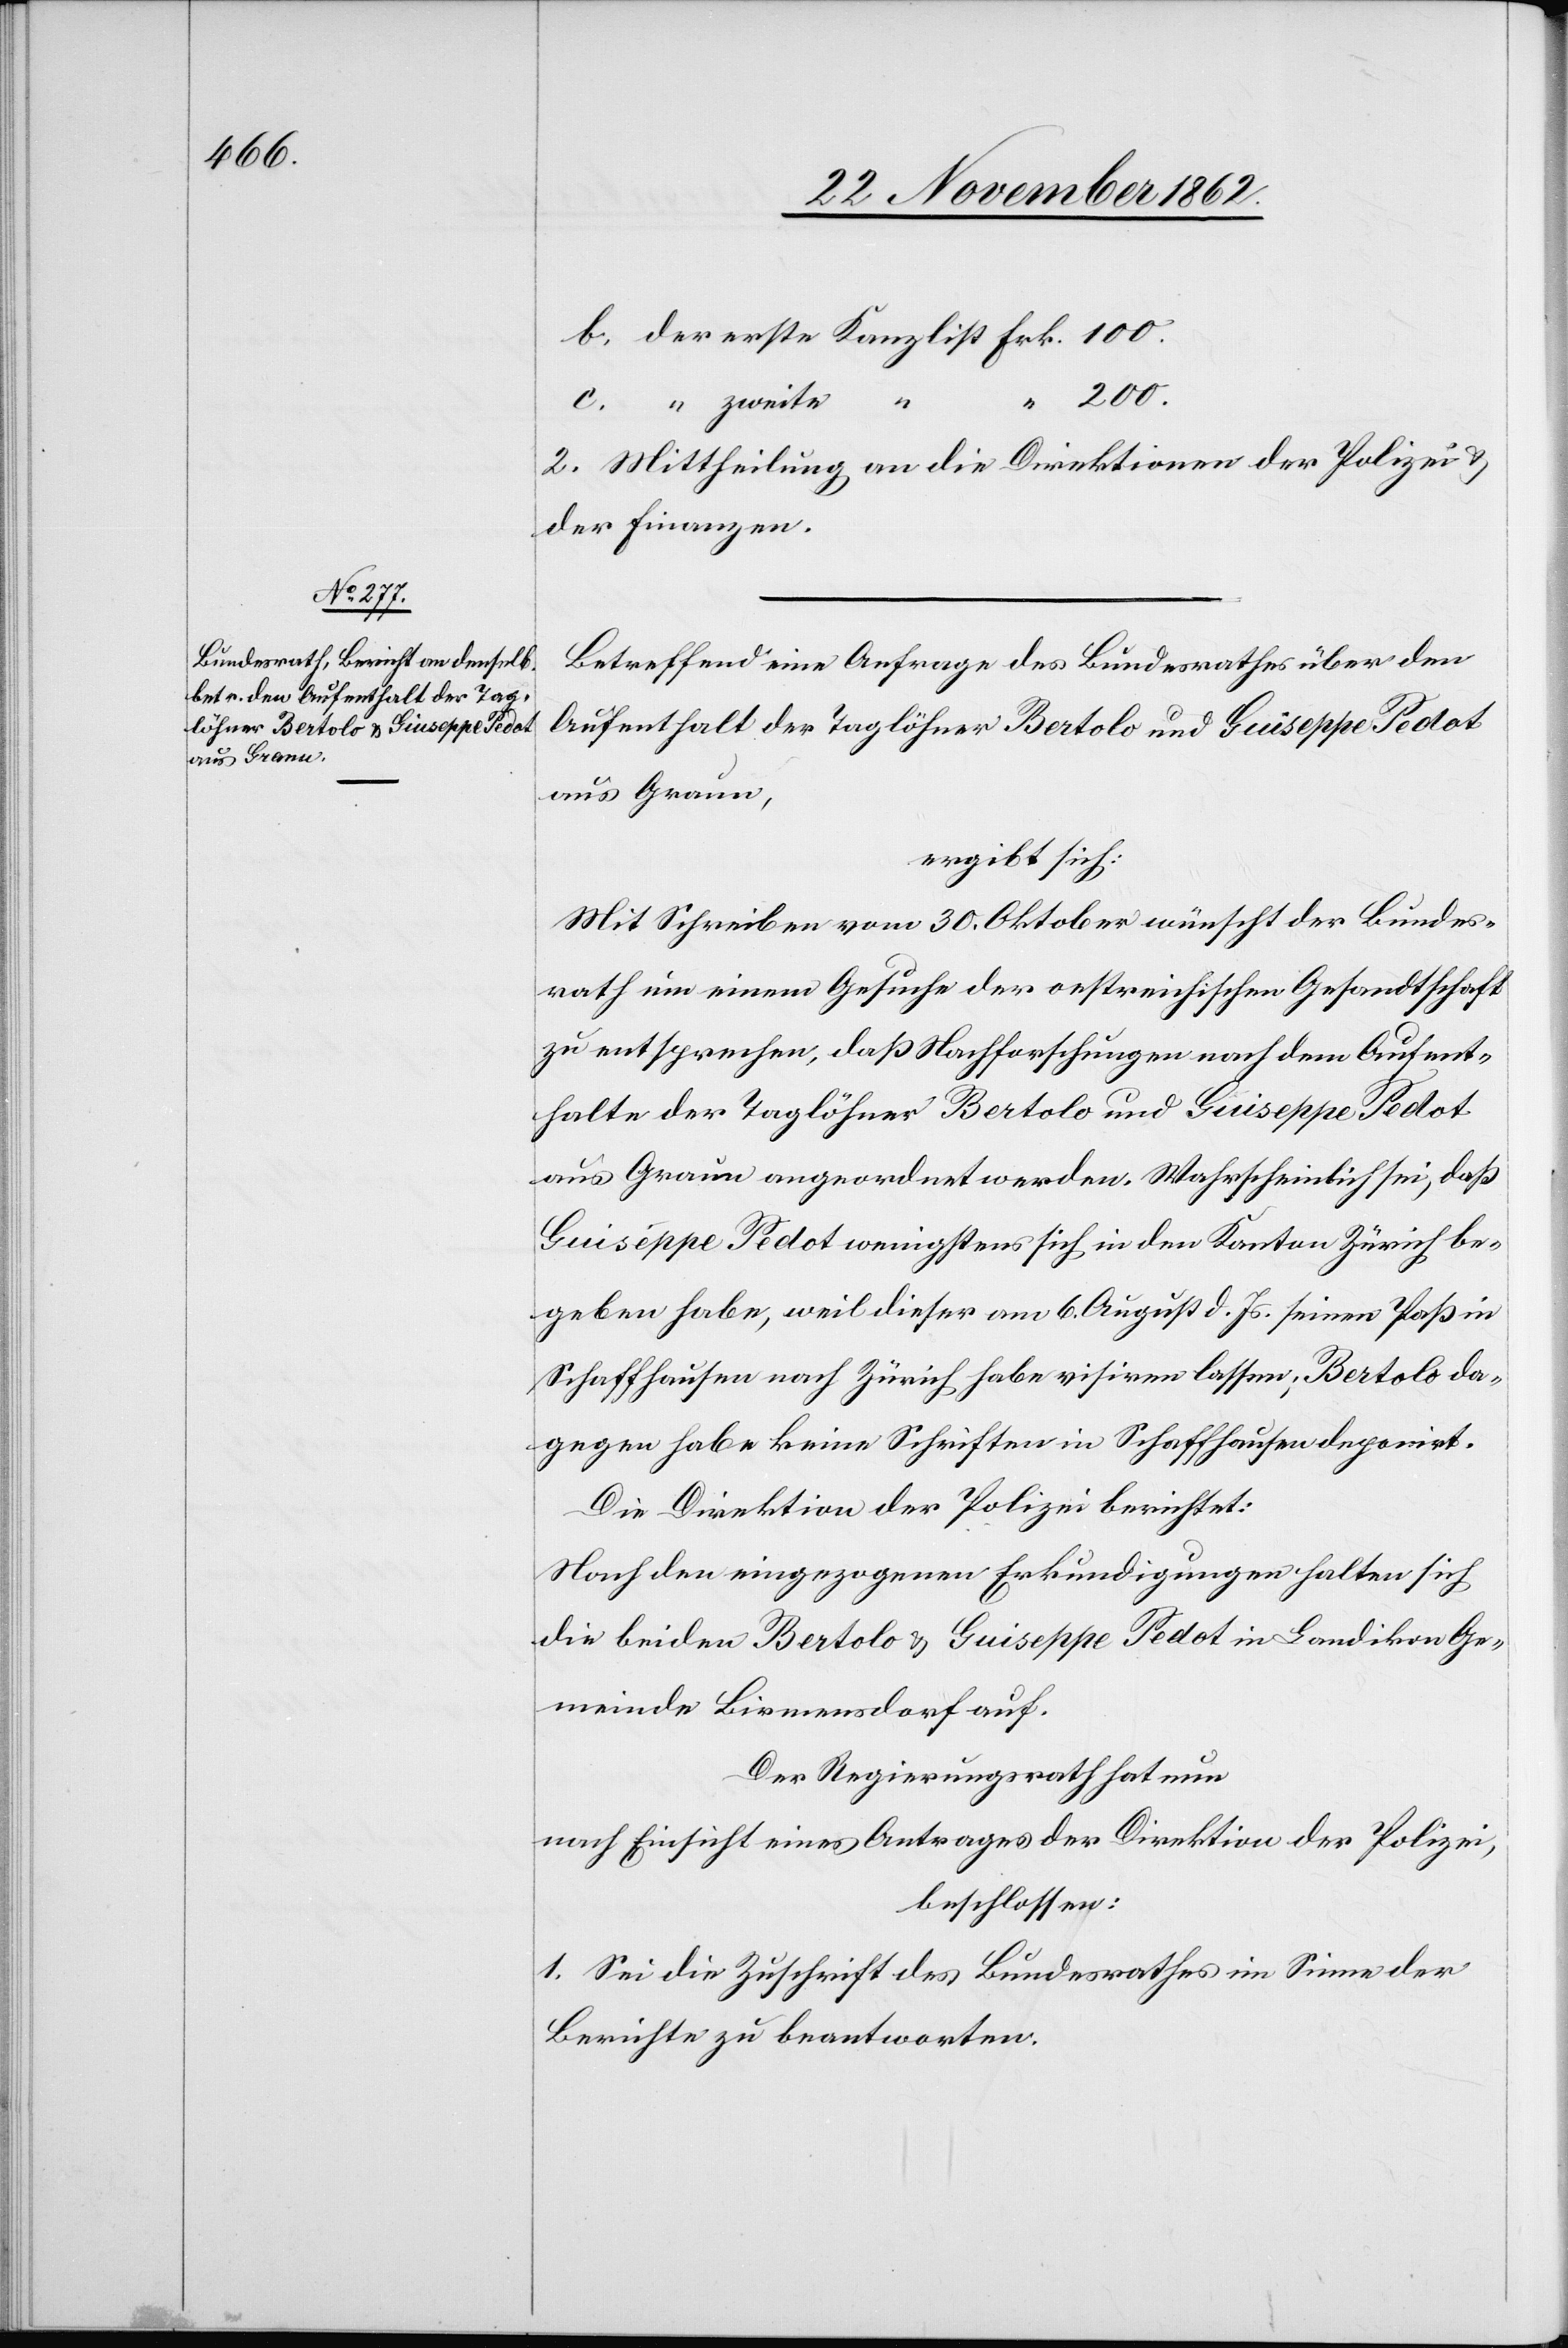
100.

2. Mittheilung an die Direktionen der Polizei u.
der Finanzen.
Betreffend eine Anfrage des Bundesrathes über den
Aufenthalt der Taglöhner Bertolo und Guiseppe [sic!]
aus Graun,
ergibt sich:
Mit Schreiben vom 30. Oktober wünscht der Bundes¬
rath um einem Gesuche der oestreichischen Gesandtschaft
zu entsprechen, daß Nachforschungen nach dem Aufent¬
halte der Taglöhner Bertolo und Guiseppe Pedot
aus Graun angeordnet werden. Wahrscheinlich sei, daß
Guiseppe Pedot wenigstens sich in den Kanton Zürich be¬
geben habe, weil dieser am 6. August d. Js. seinen Paß in
Schaffhausen nach Zürich habe visiren lassen; Bertolo da¬
gegen habe keine Schriften in Schaffhausen deponirt.
Die Direktion der Polizei berichtet:
Nach den eingezogenen Erkundigungen halten sich
die beiden Bertolo u. Guiseppe Pedot in Landikon Ge¬
meinde Birmensdorf auf.
Der Regierungsrath hat nun
nach Einsicht eines Antrages der Direktion der Polizei,
beschlossen:
1. Sei die Zuschrift des Bundesrathes im Sinne der
Berichte zu beantworten.